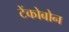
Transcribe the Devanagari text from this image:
टेंकोबोन